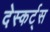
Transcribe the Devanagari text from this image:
देस्कर्ट्स